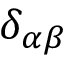
\delta _ { \alpha \beta }